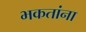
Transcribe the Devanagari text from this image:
भकतांना